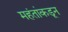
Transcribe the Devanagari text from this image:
महंतांकडून